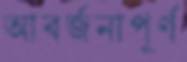
আবর্জনাপূর্ণ